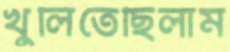
খুলিতেছিলাম